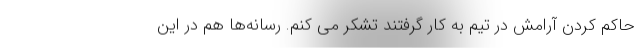
حاکم کردن آرامش در تیم به کار گرفتند تشکر می کنم. رسانه‌ها هم در این